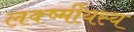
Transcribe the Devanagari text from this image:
लर्क्ष्मीयस्य